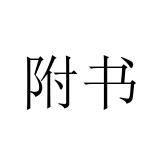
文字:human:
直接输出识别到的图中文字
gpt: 附书